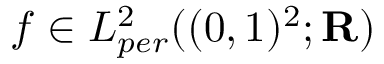
f \in L _ { p e r } ^ { 2 } ( ( 0 , 1 ) ^ { 2 } ; \mathbf { R } )